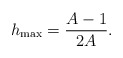
\begin{align*}h_{\rm max}=\frac{A-1}{2A}.\end{align*}